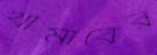
খামারের